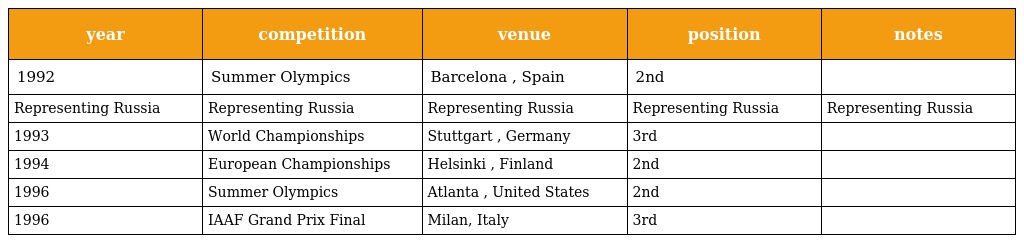
| year | competition | venue | position | notes |
 | --- | --- | --- | --- | --- |
 | 1992 | Summer Olympics | Barcelona , Spain | 2nd |  |
 | Representing Russia | Representing Russia | Representing Russia | Representing Russia | Representing Russia |
 | 1993 | World Championships | Stuttgart , Germany | 3rd |  |
 | 1994 | European Championships | Helsinki , Finland | 2nd |  |
 | 1996 | Summer Olympics | Atlanta , United States | 2nd |  |
 | 1996 | IAAF Grand Prix Final | Milan, Italy | 3rd |  |